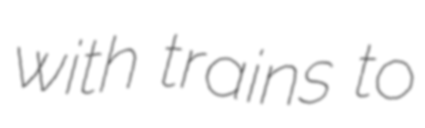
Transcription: with trains to